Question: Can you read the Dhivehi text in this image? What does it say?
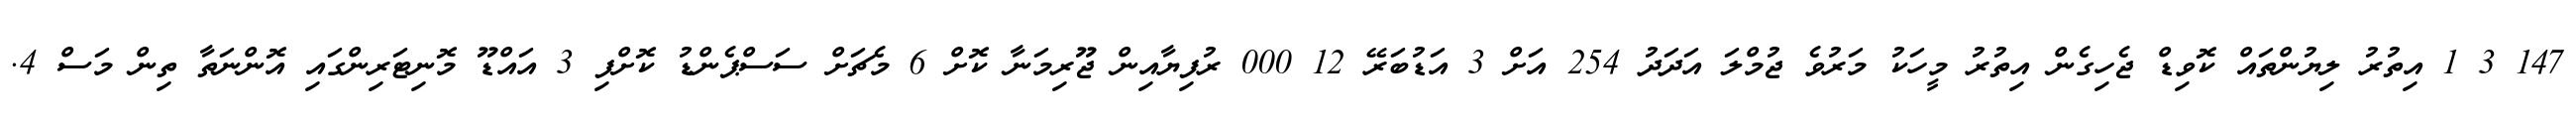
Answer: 147 3 1 އިތުރު ލިޔުންތައް ކޮވިޑް ޖެހިގެން އިތުރު މީހަކު މަރުވެ ޖުމްލަ އަދަދު 254 އަށް 3 އަޑުބަރޭ 12 000 ރުފިޔާއިން ޖޫރިމަނާ ކޮށް 6 މެޗަށް ސަސްޕެންޑު ކޮށްފި 3 އައްޑޫ މޮނިޓަރިންގައި އޮންނަތާ ތިން މަސް 4.